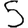
Digit: 5